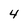
Character: 4